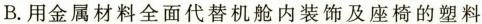
B.用金属材料全面代替机舱内装饰及座椅的塑料